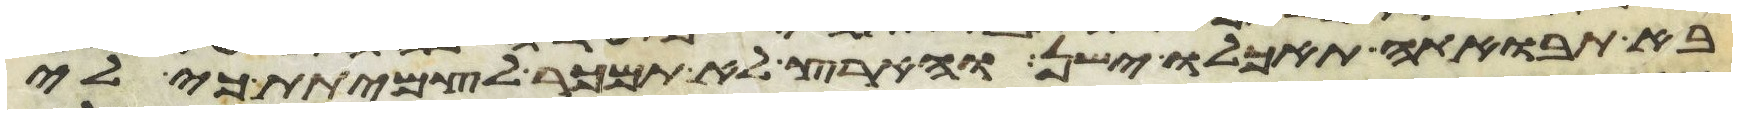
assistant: בא תבואתה תאכלו ישן והארץ לא תמכר לצמיתת כי לי